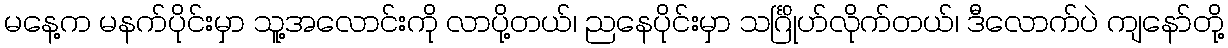
မနေ့က မနက်ပိုင်းမှာ သူ့အလောင်းကို လာပို့တယ်၊ ညနေပိုင်းမှာ သင်္ဂြိုဟ်လိုက်တယ်၊ ဒီလောက်ပဲ ကျနော်တို့